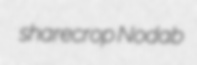
sharecrop Nodab